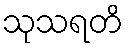
သုသရတိ